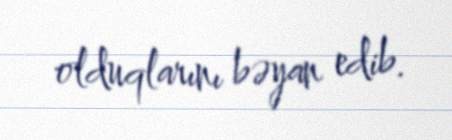
olduqlarını bəyan edib.